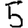
Digit: 5